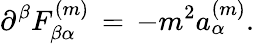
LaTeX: \partial^{\beta}F_{\beta\alpha}^{(m)}\, =\, -m^{2}a_{\alpha}^{(m)}.